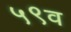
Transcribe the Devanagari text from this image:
५९व